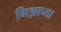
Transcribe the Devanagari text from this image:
गिझाच्या